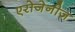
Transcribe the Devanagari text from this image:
एरोजेनीज